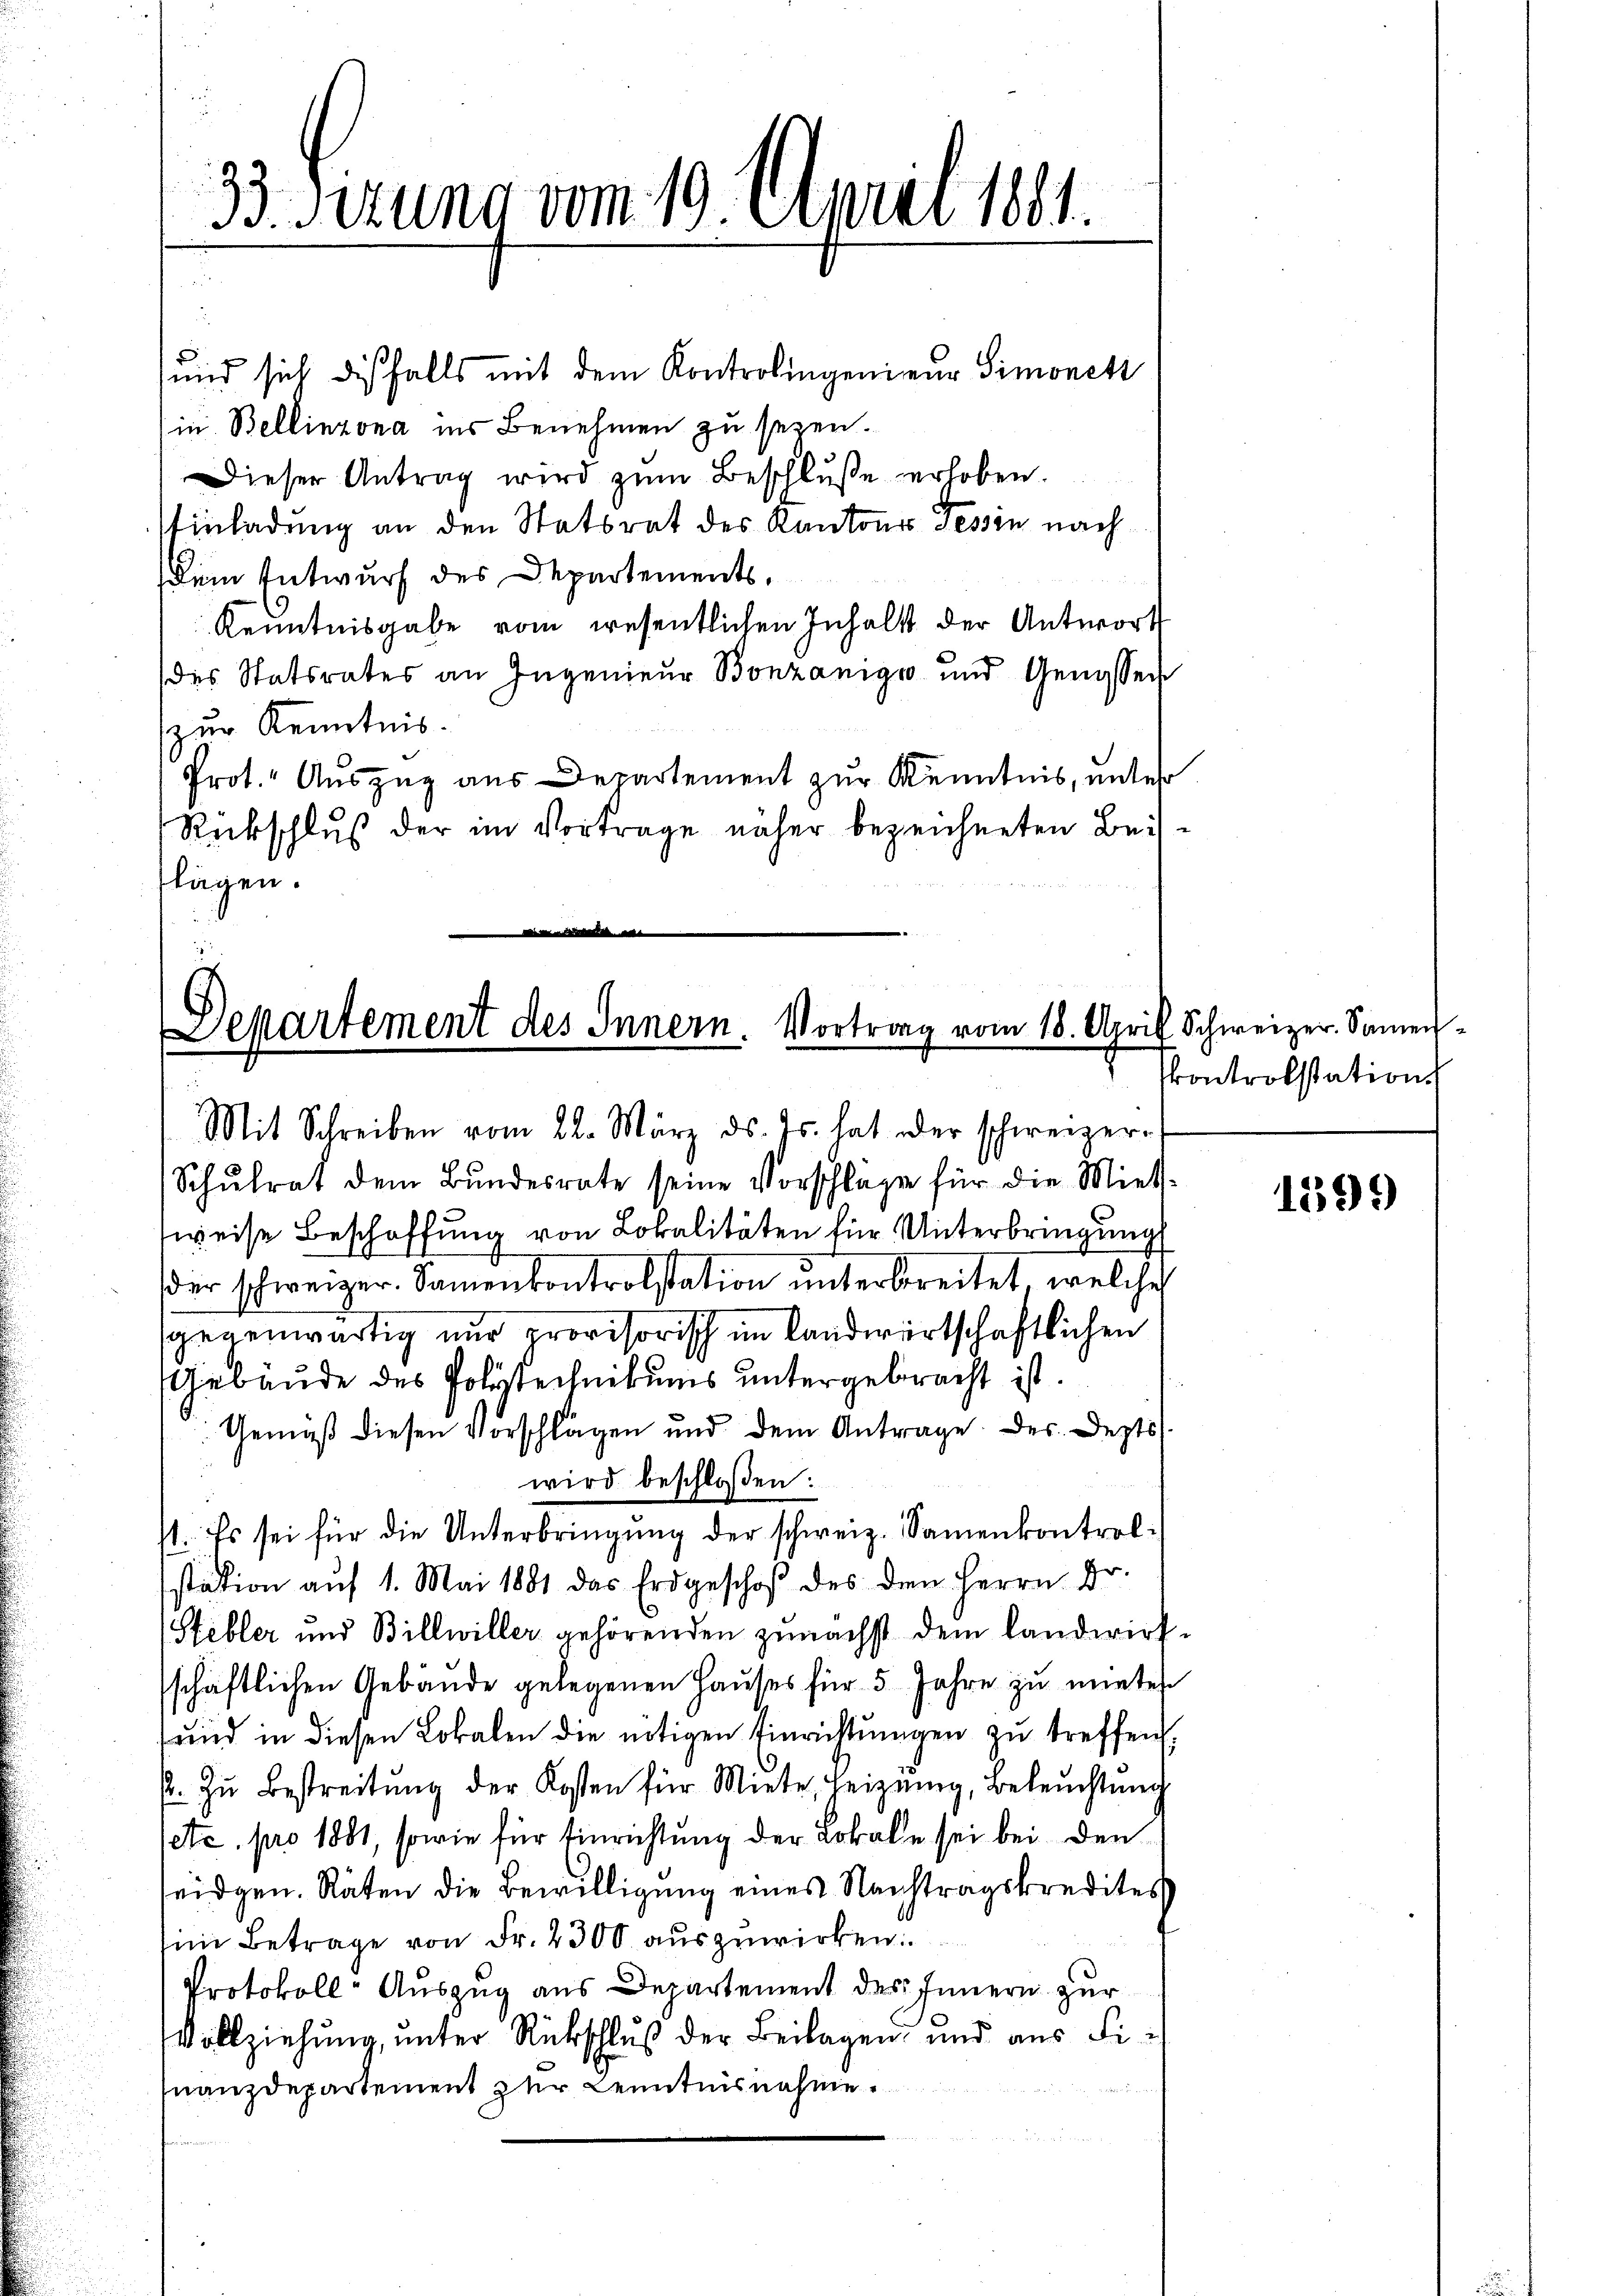
33. Fizung vom 19. April 1891.

Departement des Innern. Vortrag vom 18. April

sind sich diesfalls mit dem Kontrolingenieur Simonett
(in Bellinzona ins Benehmen zu sezen.
Dieser Antrag wird zŭm Beschluße erhoben.
Einladung an den Statsrat des Kantonss Tessin nach
dem Entwurf des Departements,
Kenntnisgabe vom wesentlichen Inhalt der Antwort
des Statsrates an Zugenieur Bonzanige und Genossen
zur Kenntnis.
Prot. Auszug aus Departement zur Kenntnis, unter
Rückschluß der im Vortrage näher bezeichneten Beiflagen.

Mit Schreiben vom 22. März ds. Js. hat oder schweizer-
Schŭlrat dem Bŭndesrate seine Vorschlage für die Miet-
weise Beschaffung von Lokalitäten für Unterbringung
der schweizer. Samenkontrolstation unterbreitet, welches
gegenwärtig nur ovisorisch im Landwirtschaftlichen
Gebäude des Polytechnikums untergebracht ist.
Gemäß diesen Vorschlägen und dem Antrage. Des Jezts.
wird beschloßen:
st. Es sei für die Unterbringŭng der schweiz. Samenkontrol-
station auf 1. Mai 1881 das Erdgeschof des den Herrn Dr.
Stebler und Billwiller gehörenden zunächst dem Landwirt-
schaftlichen Gebäude gelegenen Haŭses für 5 Jahre zu mieter
und in diesen Lokalen die nötigen Einrichtungen zu treffen.
p. zŭ bestreitŭng der Kosten für Miete, heizŭng, Beleŭchtŭng
sete pro 1861, sowie für Einrichtung der Lokale sei bei den
seidgen. Räten die Bewilligung eines Nachtragskredites
in Betrage von Fr. 2300 auszuwirken
Protokoll-Auszug aus Departement des Innern zur
Vollziehung, unter Rückschluß der Beilagen, und aus Fi¬
Inanzdepartement zur Kenntnisnahme.

Schweizer-Samen-
Pontrolstations

1599